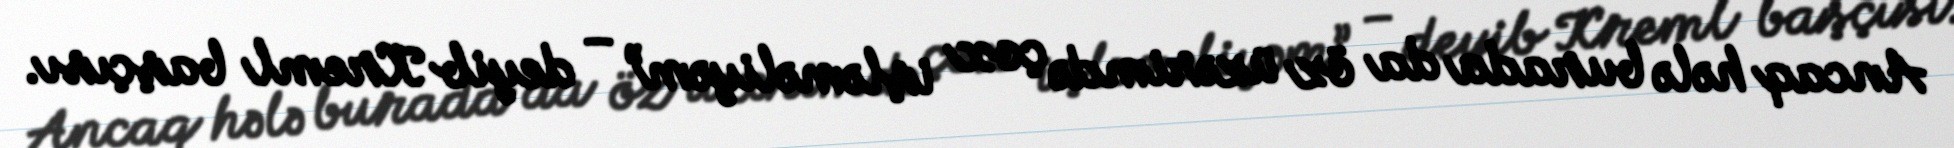
Ancaq hələ burada da öz üzərimdə çox işləməliyəm” – deyib Kreml başçısı.